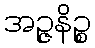
အဉ္ဇနိဉ္စ